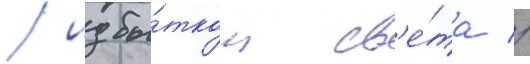
/ избы́тком св'е́та //